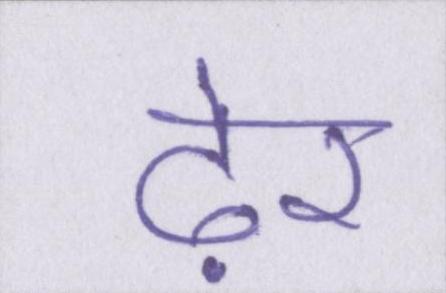
ढ़ेर